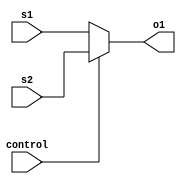
module Mux2 (
    input [31:0] s1,
    input [31:0] s2,
    input control,
    output reg [31:0] o1
);

    always @(*) begin
        if (control == 0) o1 = s1;
        else o1 = s2;
    end

endmodule

module Mux4 (
    input [31:0] s1,
    input [31:0] s2,
    input [31:0] s3,
    input [31:0] s4,
    input [1:0] control,
    output reg [31:0] o1
);

    always @(*) begin
        case (control)
            2'b00 : o1 = s1;
            2'b01 : o1 = s2;
            2'b10 : o1 = s3;
            2'b11 : o1 = s4;
        endcase
    end

endmodule